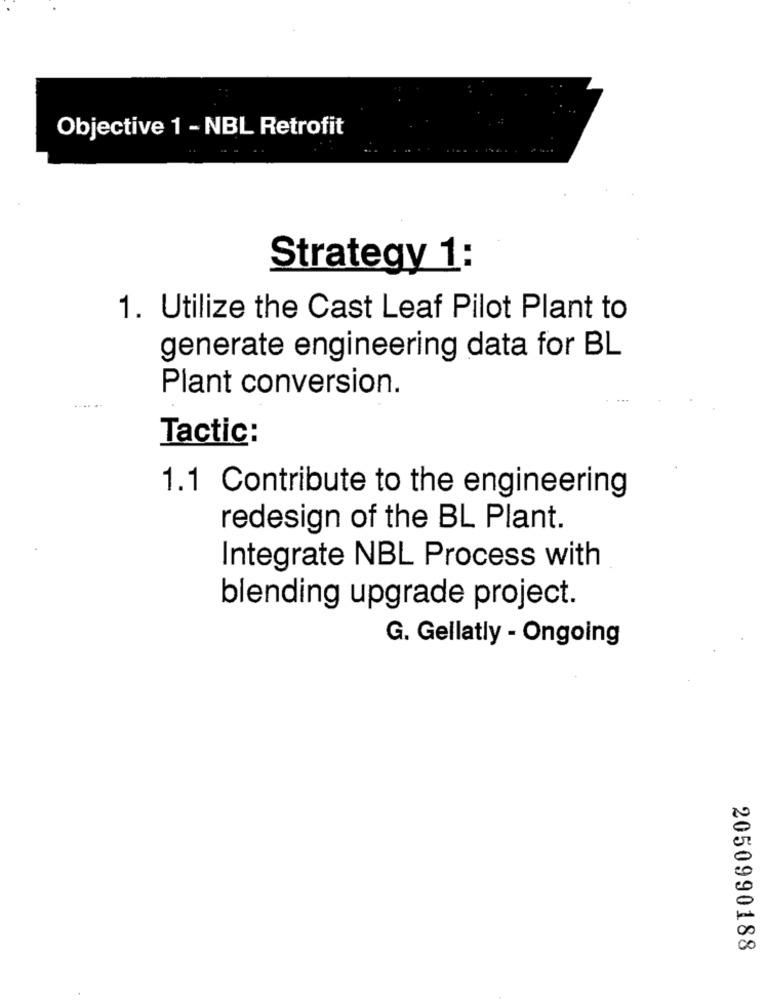
Objective 1 - NBL Retrofit
Strategy 1:
1. Utilize the Cast Leaf Pilot Plant to
generate engineering data for BL
Plant conversion.
Tactic:
1.1 Contribute to the engineering
redesign of the BL Plant.
Integrate NBL Process with
blending upgrade project.
G. Gellatly - Ongoing
2050990188